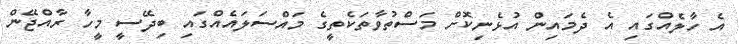
އެ ހާލެއްގައި އެ ދެމައިން އުޅެނިކޮށް މަސްތުވާތަކެތީގެ މައްސަލައެއްގައި ބިދޭސީ މީހާ ރާއްޖޭން